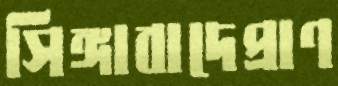
সিঙ্গাবাদেপ্রাণ